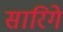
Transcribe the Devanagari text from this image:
सारिगे